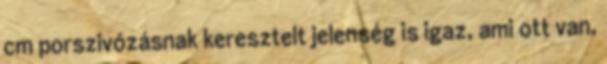
cm porszivózásnak keresztelt jelenség is igaz, ami ott van,